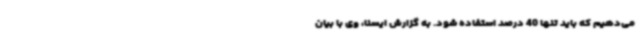
می‌دهیم که باید تنها 40 درصد استفاده شود. به گزارش ایسنا، وی با بیان